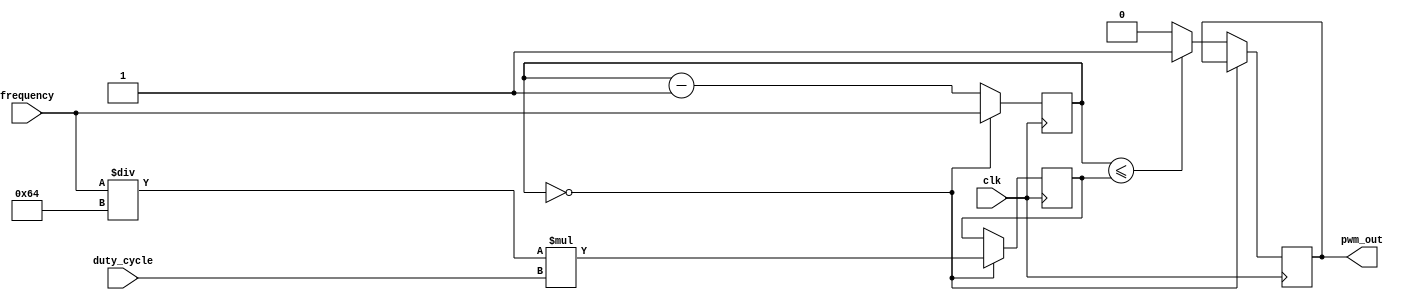
module timing_control(
    input [7:0] duty_cycle,
    input [15:0] frequency,
    input clk,
    output reg pwm_out
);

reg [15:0] count;
reg [7:0] threshold;

always @(posedge clk) begin
    if (count == 16'd0) begin
        count <= frequency;
        threshold <= (frequency / 100) * duty_cycle;
    end else begin
        count <= count - 1;
        if (count <= threshold) begin
            pwm_out <= 1;
        end else begin
            pwm_out <= 0;
        end
    end
end

endmodule